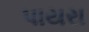
પાયરા